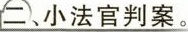
二、小法官判案。